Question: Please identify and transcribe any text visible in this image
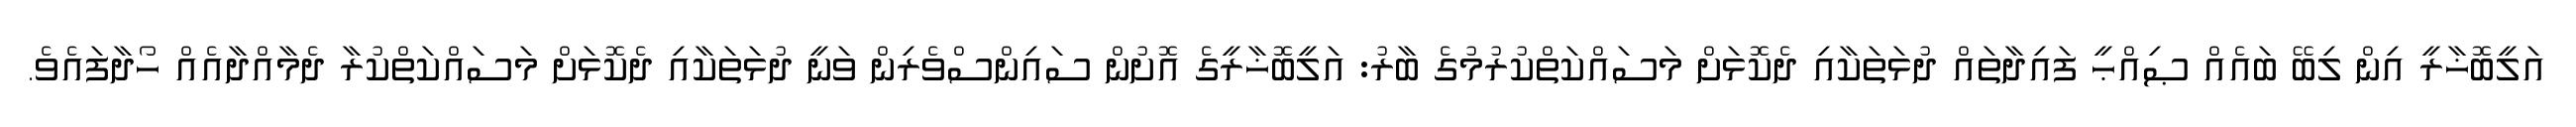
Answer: އަލީބޮޚާރީ އިން ލިބޭ ބައެއް ޞިއްޙީ ފައިދާތައް ދުޅަތަކާއި ދެކޮޅަށް މަސައްކަތްކުރުމުގެ ބާރު: އަލީބޮޚާރީގެ އޮށުން ސައިންސްވެރިން ވަނީ ދުޅަތަކާއި ދެކޮޅަށް މަސައްކަތްކުރާ ދެމާއްދާއެއް ހޯދާފައެވެ.